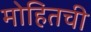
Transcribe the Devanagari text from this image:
मोहितची